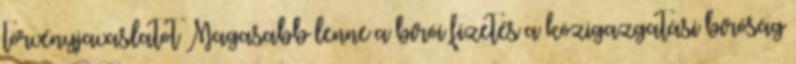
törvényjavaslatot Magasabb lenne a bírói fizetés a közigazgatási bíróság